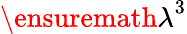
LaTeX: {\ensuremath{\lambda}}^{3}